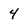
Character: 4